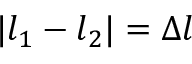
| l _ { 1 } - l _ { 2 } | = \Delta { l }